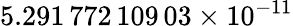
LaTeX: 5.291\, 772\, 109\, 03\times 10^{-11}